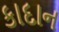
કાદાન